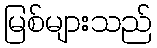
မြစ်များသည်